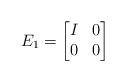
LaTeX: \begin{align*}E_1 = \begin{bmatrix}I & 0 \\0 & 0\end{bmatrix}\end{align*}